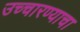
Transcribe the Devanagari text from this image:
उच्चारण्याचा